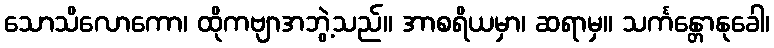
သောသိလောကော၊ ထိုကဗျာအဘွဲ့သည်။ အာစရိယမှာ၊ ဆရာမှ။ သင်္ကန္တောနုခေါ၊